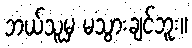
ဘယ်သူမှ မသွားချင်ဘူး။